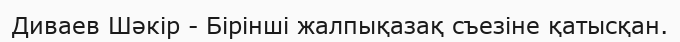
Диваев Шәкір - Бірінші жалпықазақ съезіне қатысқан.